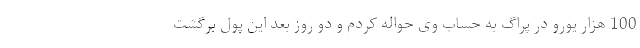
100 هزار یورو در پراگ به حساب وی حواله کردم و دو روز بعد این پول برگشت